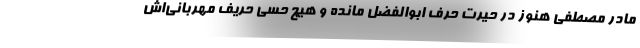
مادر مصطفی هنوز در حیرت حرف ابوالفضل مانده و هیچ حسی حریف مهربانی‌اش